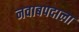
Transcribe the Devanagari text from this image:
नवाबपदाला